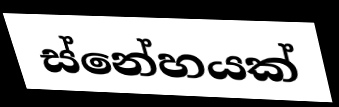
ස්නේහයක්